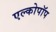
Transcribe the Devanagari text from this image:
एल्कोपॉप